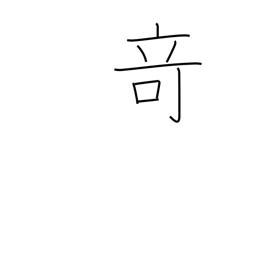
Meaning: strangeness